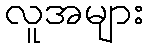
လူအများ